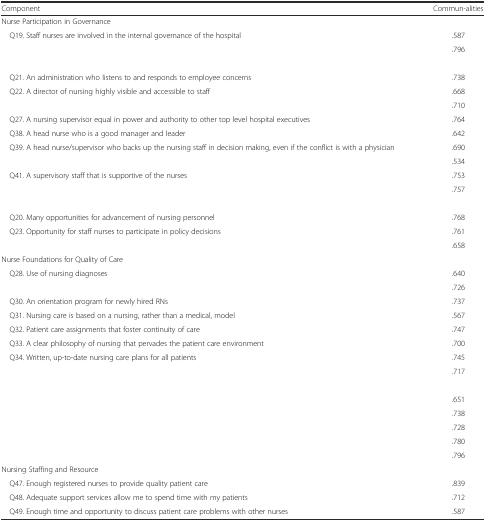
<table><thead><tr><td><b>Component</b></td><td><b>Commun-alities</b></td></tr></thead><tbody><tr><td colspan="2">Nurse Participation in Governance</td></tr><tr><td> Q19. Staff nurses are involved in the internal governance of the hospital</td><td>.587</td></tr><tr><td>[EMPTY_CELL]</td><td>.796</td></tr><tr><td colspan="2">[EMPTY_CELL]</td></tr><tr><td> Q21. An administration who listens to and responds to employee concerns</td><td>.738</td></tr><tr><td> Q22. A director of nursing highly visible and accessible to staff</td><td>.668</td></tr><tr><td>[EMPTY_CELL]</td><td>.710</td></tr><tr><td> Q27. A nursing supervisor equal in power and authority to other top level hospital executives</td><td>.764</td></tr><tr><td> Q38. A head nurse who is a good manager and leader</td><td>.642</td></tr><tr><td> Q39. A head nurse/supervisor who backs up the nursing staff in decision making, even if the conflict is with a physician</td><td>.690</td></tr><tr><td>[EMPTY_CELL]</td><td>.534</td></tr><tr><td> Q41. A supervisory staff that is supportive of the nurses</td><td>.753</td></tr><tr><td>[EMPTY_CELL]</td><td>.757</td></tr><tr><td colspan="2">[EMPTY_CELL]</td></tr><tr><td> Q20. Many opportunities for advancement of nursing personnel</td><td>.768</td></tr><tr><td> Q23. Opportunity for staff nurses to participate in policy decisions</td><td>.761</td></tr><tr><td>[EMPTY_CELL]</td><td>.658</td></tr><tr><td colspan="2">Nurse Foundations for Quality of Care</td></tr><tr><td> Q28. Use of nursing diagnoses</td><td>.640</td></tr><tr><td>[EMPTY_CELL]</td><td>.726</td></tr><tr><td> Q30. An orientation program for newly hired RNs</td><td>.737</td></tr><tr><td> Q31. Nursing care is based on a nursing, rather than a medical, model</td><td>.567</td></tr><tr><td> Q32. Patient care assignments that foster continuity of care</td><td>.747</td></tr><tr><td> Q33. A clear philosophy of nursing that pervades the patient care environment</td><td>.700</td></tr><tr><td> Q34. Written, up-to-date nursing care plans for all patients</td><td>.745</td></tr><tr><td>[EMPTY_CELL]</td><td>.717</td></tr><tr><td colspan="2">[EMPTY_CELL]</td></tr><tr><td>[EMPTY_CELL]</td><td>.651</td></tr><tr><td>[EMPTY_CELL]</td><td>.738</td></tr><tr><td>[EMPTY_CELL]</td><td>.728</td></tr><tr><td>[EMPTY_CELL]</td><td>.780</td></tr><tr><td>[EMPTY_CELL]</td><td>.796</td></tr><tr><td colspan="2">Nursing Staffing and Resource</td></tr><tr><td> Q47. Enough registered nurses to provide quality patient care</td><td>.839</td></tr><tr><td> Q48. Adequate support services allow me to spend time with my patients</td><td>.712</td></tr><tr><td> Q49. Enough time and opportunity to discuss patient care problems with other nurses</td><td>.587</td></tr></tbody></table>